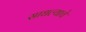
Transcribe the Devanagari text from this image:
साधल्याचे